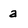
Character: a